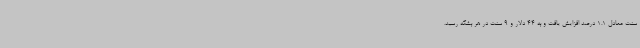
سنت معادل 1.1 درصد افزایش یافت و به 44 دلار و 9 سنت در هر بشکه رسید.